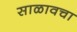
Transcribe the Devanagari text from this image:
साळावचा